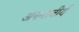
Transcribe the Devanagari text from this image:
अनन्तवीर्य